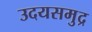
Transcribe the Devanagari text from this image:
उदयसमुद्र